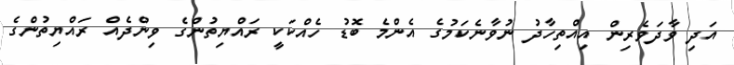
އަދި ވާދަވެރިން އިއްތިހާދު ނުވާނެކަމުގެ އެންމެ ބޮޑު ހެއްކަކީ ރައްޔިތުންގެ ވިންދެއް ރައްޔިތުންގެ